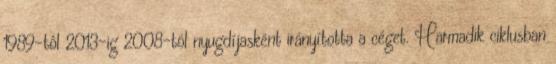
1989-tôl 2013-ig 2008-tól nyugdíjasként irányította a céget. Harmadik ciklusban